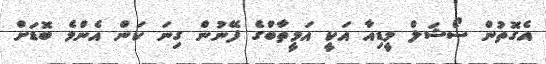
އެގޮތުން ސޯޝަލް މީޑިއާ އަކީ އަމީތާބްގެ ފޭނުން ގިނަ ކަން އެންމެ ބޮޑަށް